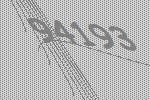
94193